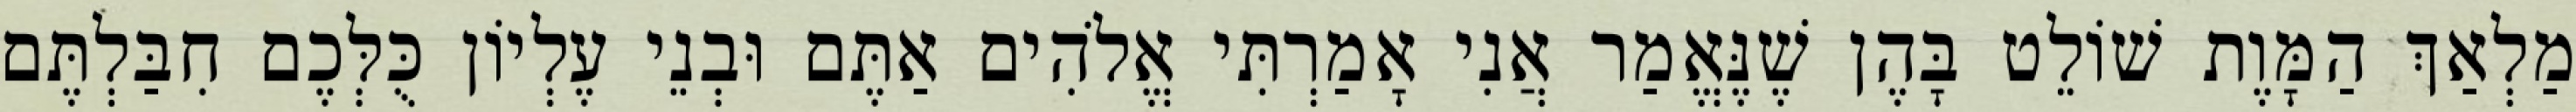
מַלְאַךְ הַמָּוֶת שׁוֹלֵט בָּהֶן שֶׁנֶּאֱמַר אֲנִי אָמַרְתִּי אֱלֹהִים אַתֶּם וּבְנֵי עֶלְיוֹן כֻּלְּכֶם חִבַּלְתֶּם